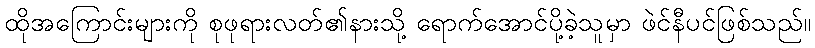
ထိုအကြောင်းများကို စုဖုရားလတ်၏နားသို့ ရောက်အောင်ပို့ခဲ့သူမှာ ဖဲင်နီပင်ဖြစ်သည်။